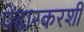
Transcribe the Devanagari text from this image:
पेंढारकरशी